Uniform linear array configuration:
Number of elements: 48
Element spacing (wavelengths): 0.25
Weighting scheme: exponential
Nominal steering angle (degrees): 60
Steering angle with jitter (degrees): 60.519
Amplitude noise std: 0.05
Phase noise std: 0.05

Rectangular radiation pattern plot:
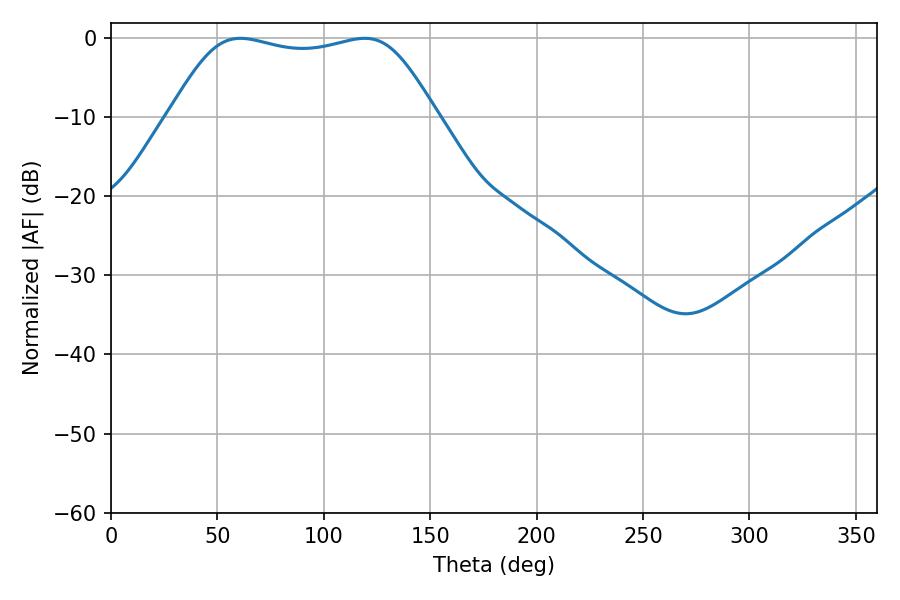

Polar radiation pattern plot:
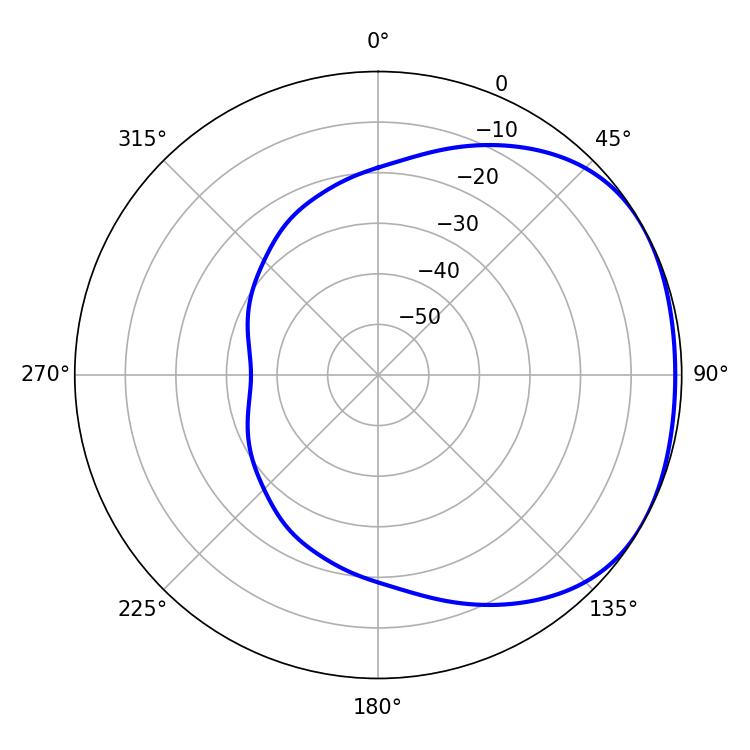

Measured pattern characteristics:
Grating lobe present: FALSE
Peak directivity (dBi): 1.704
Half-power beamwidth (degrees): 95.4
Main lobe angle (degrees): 60.84